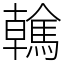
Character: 䮧